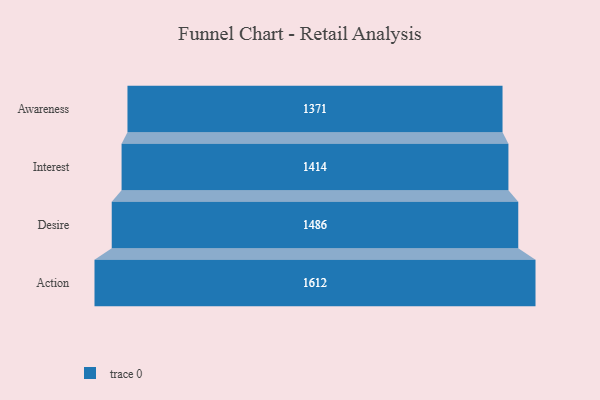
{"axis": {"x": "Stage", "y": "Value"}, "legend": [""], "data": [{"x": "Awareness", "y": 1371.0, "type": ""}, {"x": "Interest", "y": 1414.0, "type": ""}, {"x": "Desire", "y": 1486.0, "type": ""}, {"x": "Action", "y": 1612.0, "type": ""}]}